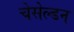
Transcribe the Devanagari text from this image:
चेसेल्डन